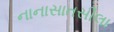
નાનાસાતસીલા